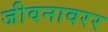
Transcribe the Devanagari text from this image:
जीवनावरर